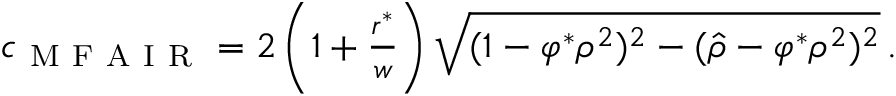
\begin{array} { r } { c _ { \mathrm { ~ M ~ F ~ A ~ I ~ R ~ } } = 2 \left( 1 + \frac { r ^ { \ast } } { w } \right) \sqrt { ( 1 - \varphi ^ { \ast } \rho ^ { 2 } ) ^ { 2 } - ( \hat { \rho } - \varphi ^ { \ast } \rho ^ { 2 } ) ^ { 2 } } \, . } \end{array}